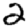
Digit: 2